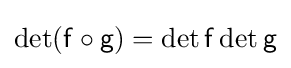
\det({\mathsf {f}}\circ {\mathsf {g}})=\det {\mathsf {f}}\det {\mathsf {g}}